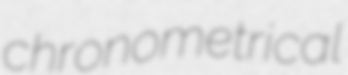
chronometrical